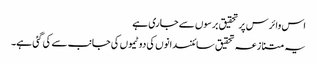
اس وائرس پر تحقیق برسوں سے جاری ہے
یہ متنازعہ تحقیق سائنسدانوں کی دو ٹیموں کی جانب سے کی گئی ہے۔